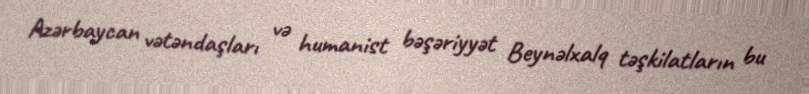
Azərbaycan vətəndaşları və humanist bəşəriyyət Beynəlxalq təşkilatların bu